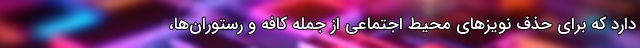
دارد که برای حذف نویزهای محیط اجتماعی از جمله کافه و رستوران‌ها،